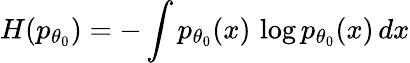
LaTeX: H(p_{\theta_{0}})=-\int p_{\theta_{0}}(x)\, \log p_{\theta_{0}}(x)\, dx